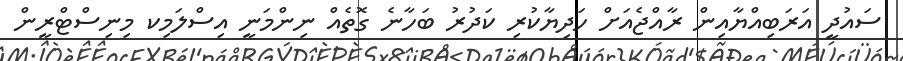
ސައުދީ އަރަބިއްޔާއިން ރާއްޖެއަށް ހަދިޔާކުރި ކަދުރު ބަހާނެ ގޮތެއް ނިންމަނީ އިސްލަމިކ މިނިސްޓްރީން